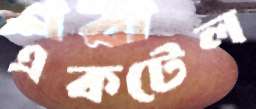
একটেল